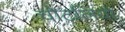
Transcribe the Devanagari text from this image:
चोटलियो